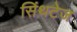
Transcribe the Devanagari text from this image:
सिंथटेज